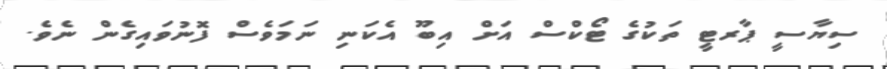
ސިޔާސީ ޕާރޓީ ތަކުގެ ޓޯކްސް އަށް އިބޫ އެކަނި ނަމަވެސް ފޮނުވައިގެން ނެވެ.